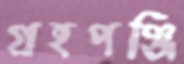
গ্রহপঞ্জি